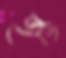
হস্ত